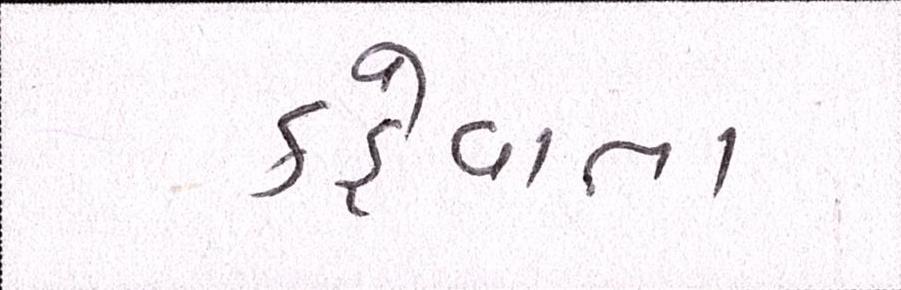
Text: કહેવાતા